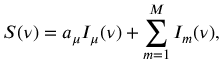
S ( \nu ) = a _ { \mu } I _ { \mu } ( \nu ) + \sum _ { m = 1 } ^ { M } I _ { m } ( \nu ) ,